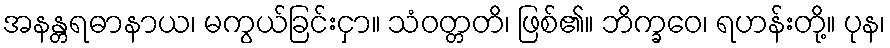
အနန္တရဓာနာယ၊ မကွယ်ခြင်းငှာ။ သံဝတ္တတိ၊ ဖြစ်၏။ ဘိက္ခဝေ၊ ရဟန်းတို့။ ပုန၊